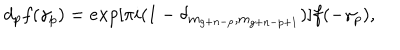
d _ { p } f ( \gamma _ { p } ) = e x p [ \pi i ( 1 - \delta _ { m _ { g + n - p } , m _ { g + n - p + 1 } } ) ] f ( - \gamma _ { p } ) ,